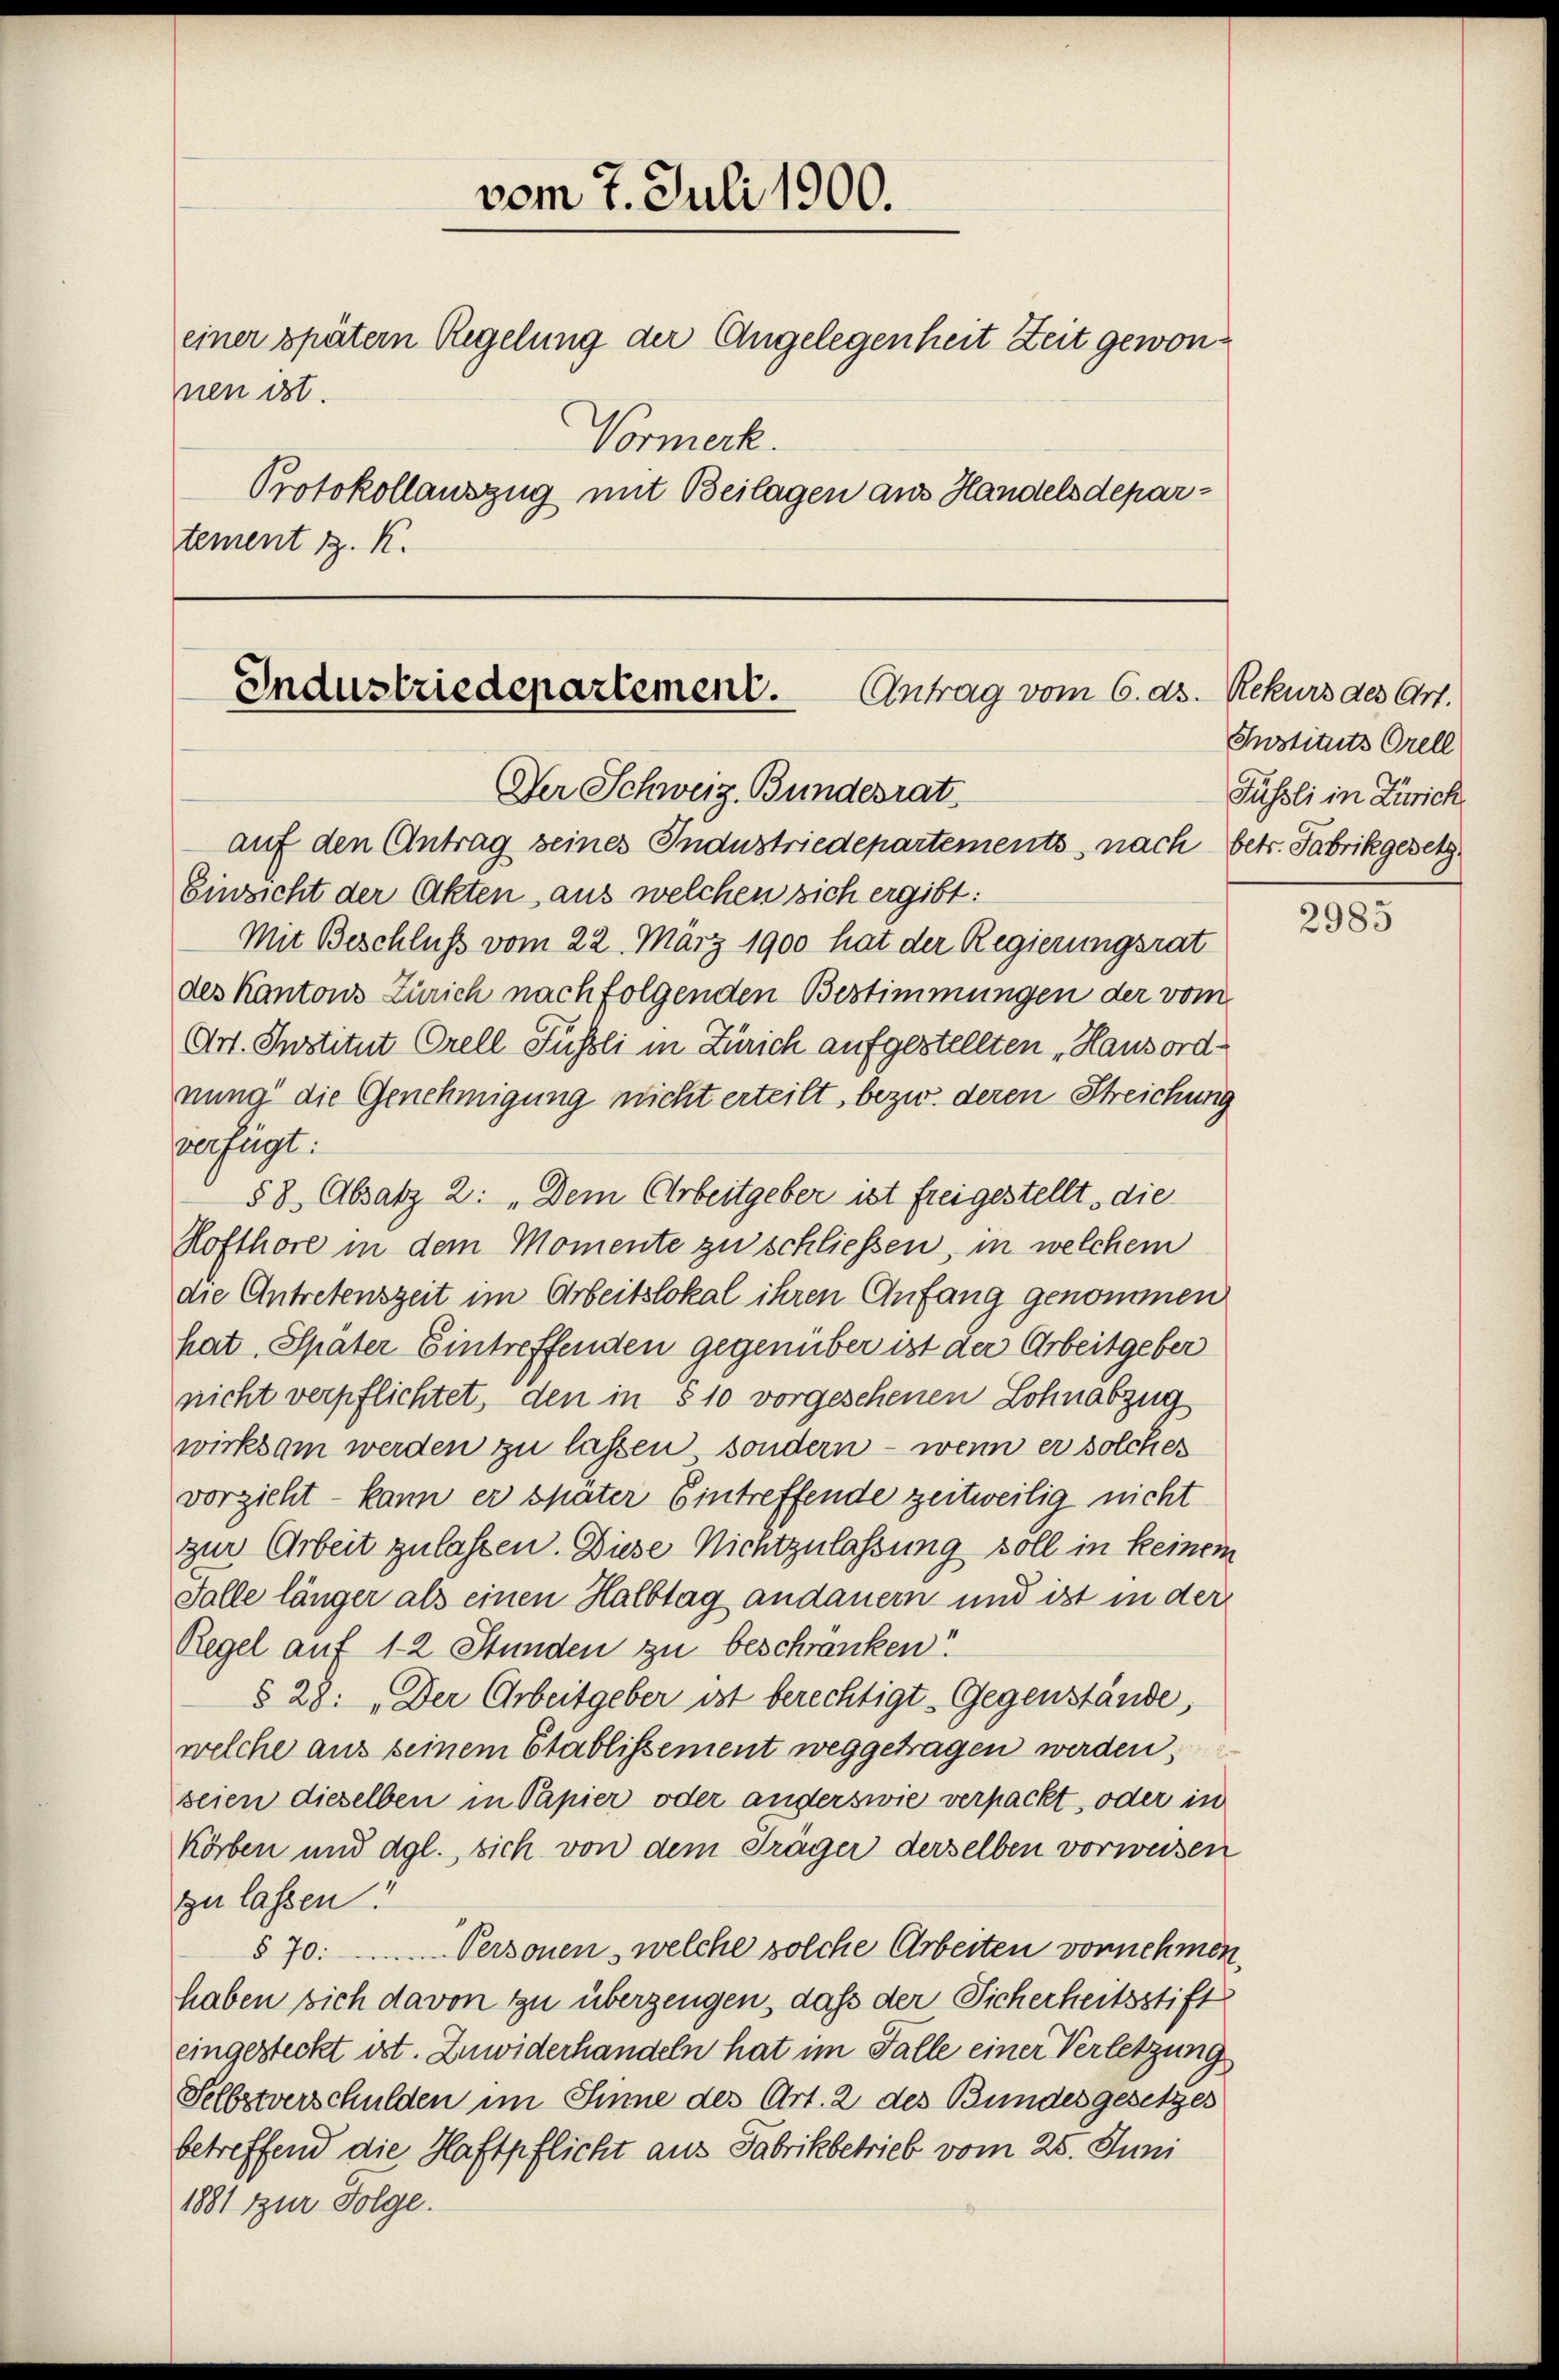
vom 7. Juli 1900.
einer spätem Regelung der Angelegenheit Zeit gewonnen ist.
Vormerk.
Protokollauszug mit Beilagen aus Handelsdepartement z. K.

Industriedepartement.
Antrag vom 6. ds.
Der Schweiz. Bundesrat
auf den Antrag seines Industriedepartements, nach betr. Fabrikgesetz

Einzicht der Akten aus welchen sich ergibt:
Mit Beschluß vom 22. März 1900 hat der Regierungsrat
des Kantons Zürich nach folgenden Bestimmungen der vom
Art. Institut Orell Füssli in Zürich aufgestellten „Hausordnung die Genehmigung nicht erteilt, bezw. deren Streichung
verfügt:
§8 Absatz 2: „Dem Arbeitgeber ist freigestellt, die
Hofthore in dem Momente zu schließen, in welchem
die Antretenszeit im Arbeitslokal ihren Anfang genommen
hat. Später Eintreffenden gegenüber ist der Arbeitgeber
nicht verpflichtet, den in § 10 vorgesehenen Lohnabzug
wirksam werden zu lassen, sondern – wenn er solcher
vorzieht – kann er später Eintreffende zeitweilig nicht
zur Arbeit zulassen. Diese Nichtzulassung soll in keinem
Falle länger als einen Halbtag andauern und ist in der
Regel auf 12 Stunden zu beschranken?
§ 28: „Der Arbeitgeber ist berechtigt - Gegenstände,
welche aus seinem Etablissement weggetragen werden,
seien dieselben in Papier oder anderswie verpackt, oder in
Körben und dgl., sich von dem Träger derselben vorweisen
zu lassen!
Personen, welche solche Arbeiten vornehmen,
§ 70.
haben sich davon zu überzeugen, daß der Sicherheitsstift
eingesteckt ist. Zuwiderhandeln hat im Falle einer Verletzung
Selbstverschulden im Sinne des Art. 2 des Bundesgesetzes
betreffend die Haftpflicht aus Fabrikbetrieb vom 25. Juni
1881 zur Folge.

Rekurs des Art.
Instituts Orell
Füssli in Zürich

2983